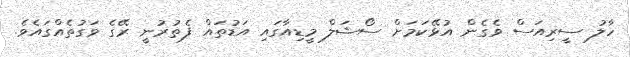
ހާލު ސީރިއަސް ވެގެން އުޅޭކަމަށް ސޯޝަލް މީޑިއާގައި އަޑުތައް ފެތުރުނީ ރޭގެ ވަގުތެއްގައެވެ.